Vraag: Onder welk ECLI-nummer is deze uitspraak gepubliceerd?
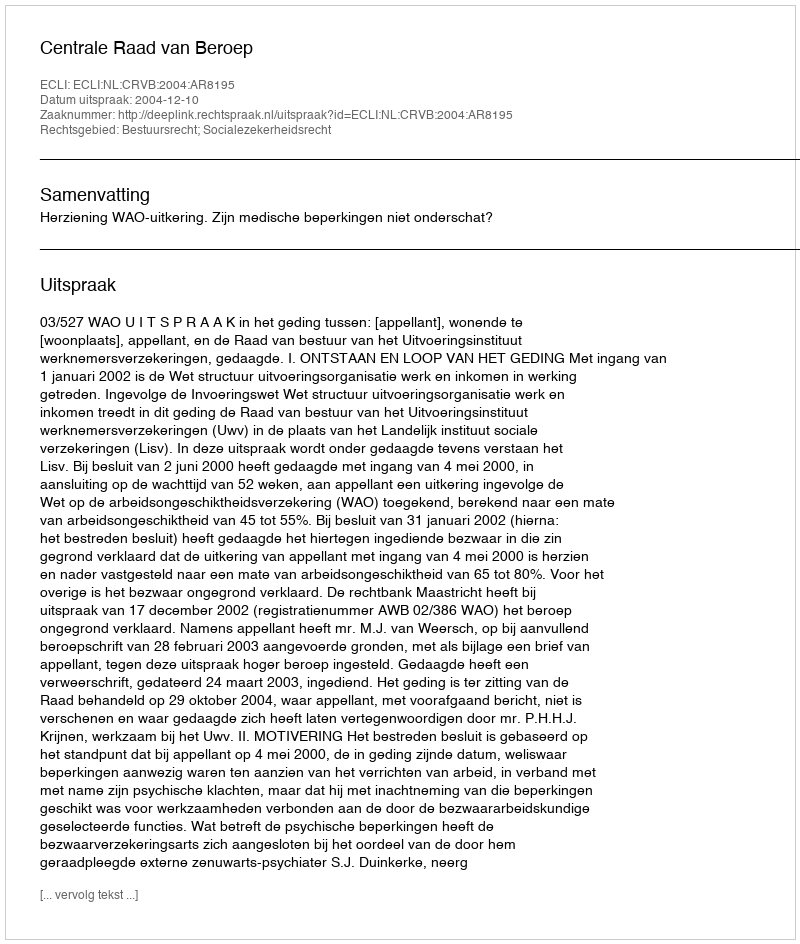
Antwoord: ECLI:NL:CRVB:2004:AR8195